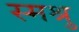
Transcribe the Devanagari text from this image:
स्मश्रु